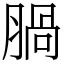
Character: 腡